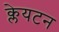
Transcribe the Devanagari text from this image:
क्लेयटन